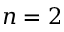
n = 2